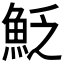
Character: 𩶟